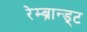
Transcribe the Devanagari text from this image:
रेम्ब्रान्ड्ट